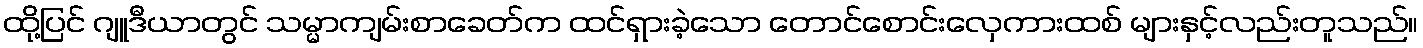
ထို့ပြင် ဂျူဒီယာတွင် သမ္မာကျမ်းစာခေတ်က ထင်ရှားခဲ့သော တောင်စောင်းလှေကားထစ် များနှင့်လည်းတူသည်။